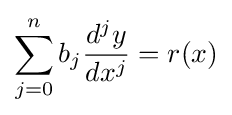
\sum _{j=0}^{n}b_{j}{\frac {d^{j}y}{dx^{j}}}=r(x)